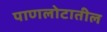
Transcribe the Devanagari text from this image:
पाणलोटातील